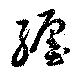
纒